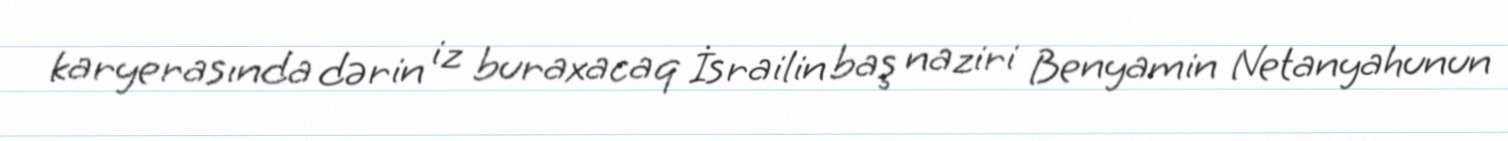
karyerasında dərin iz buraxacaq İsrailin baş naziri Benyamin Netanyahunun